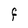
Character: f